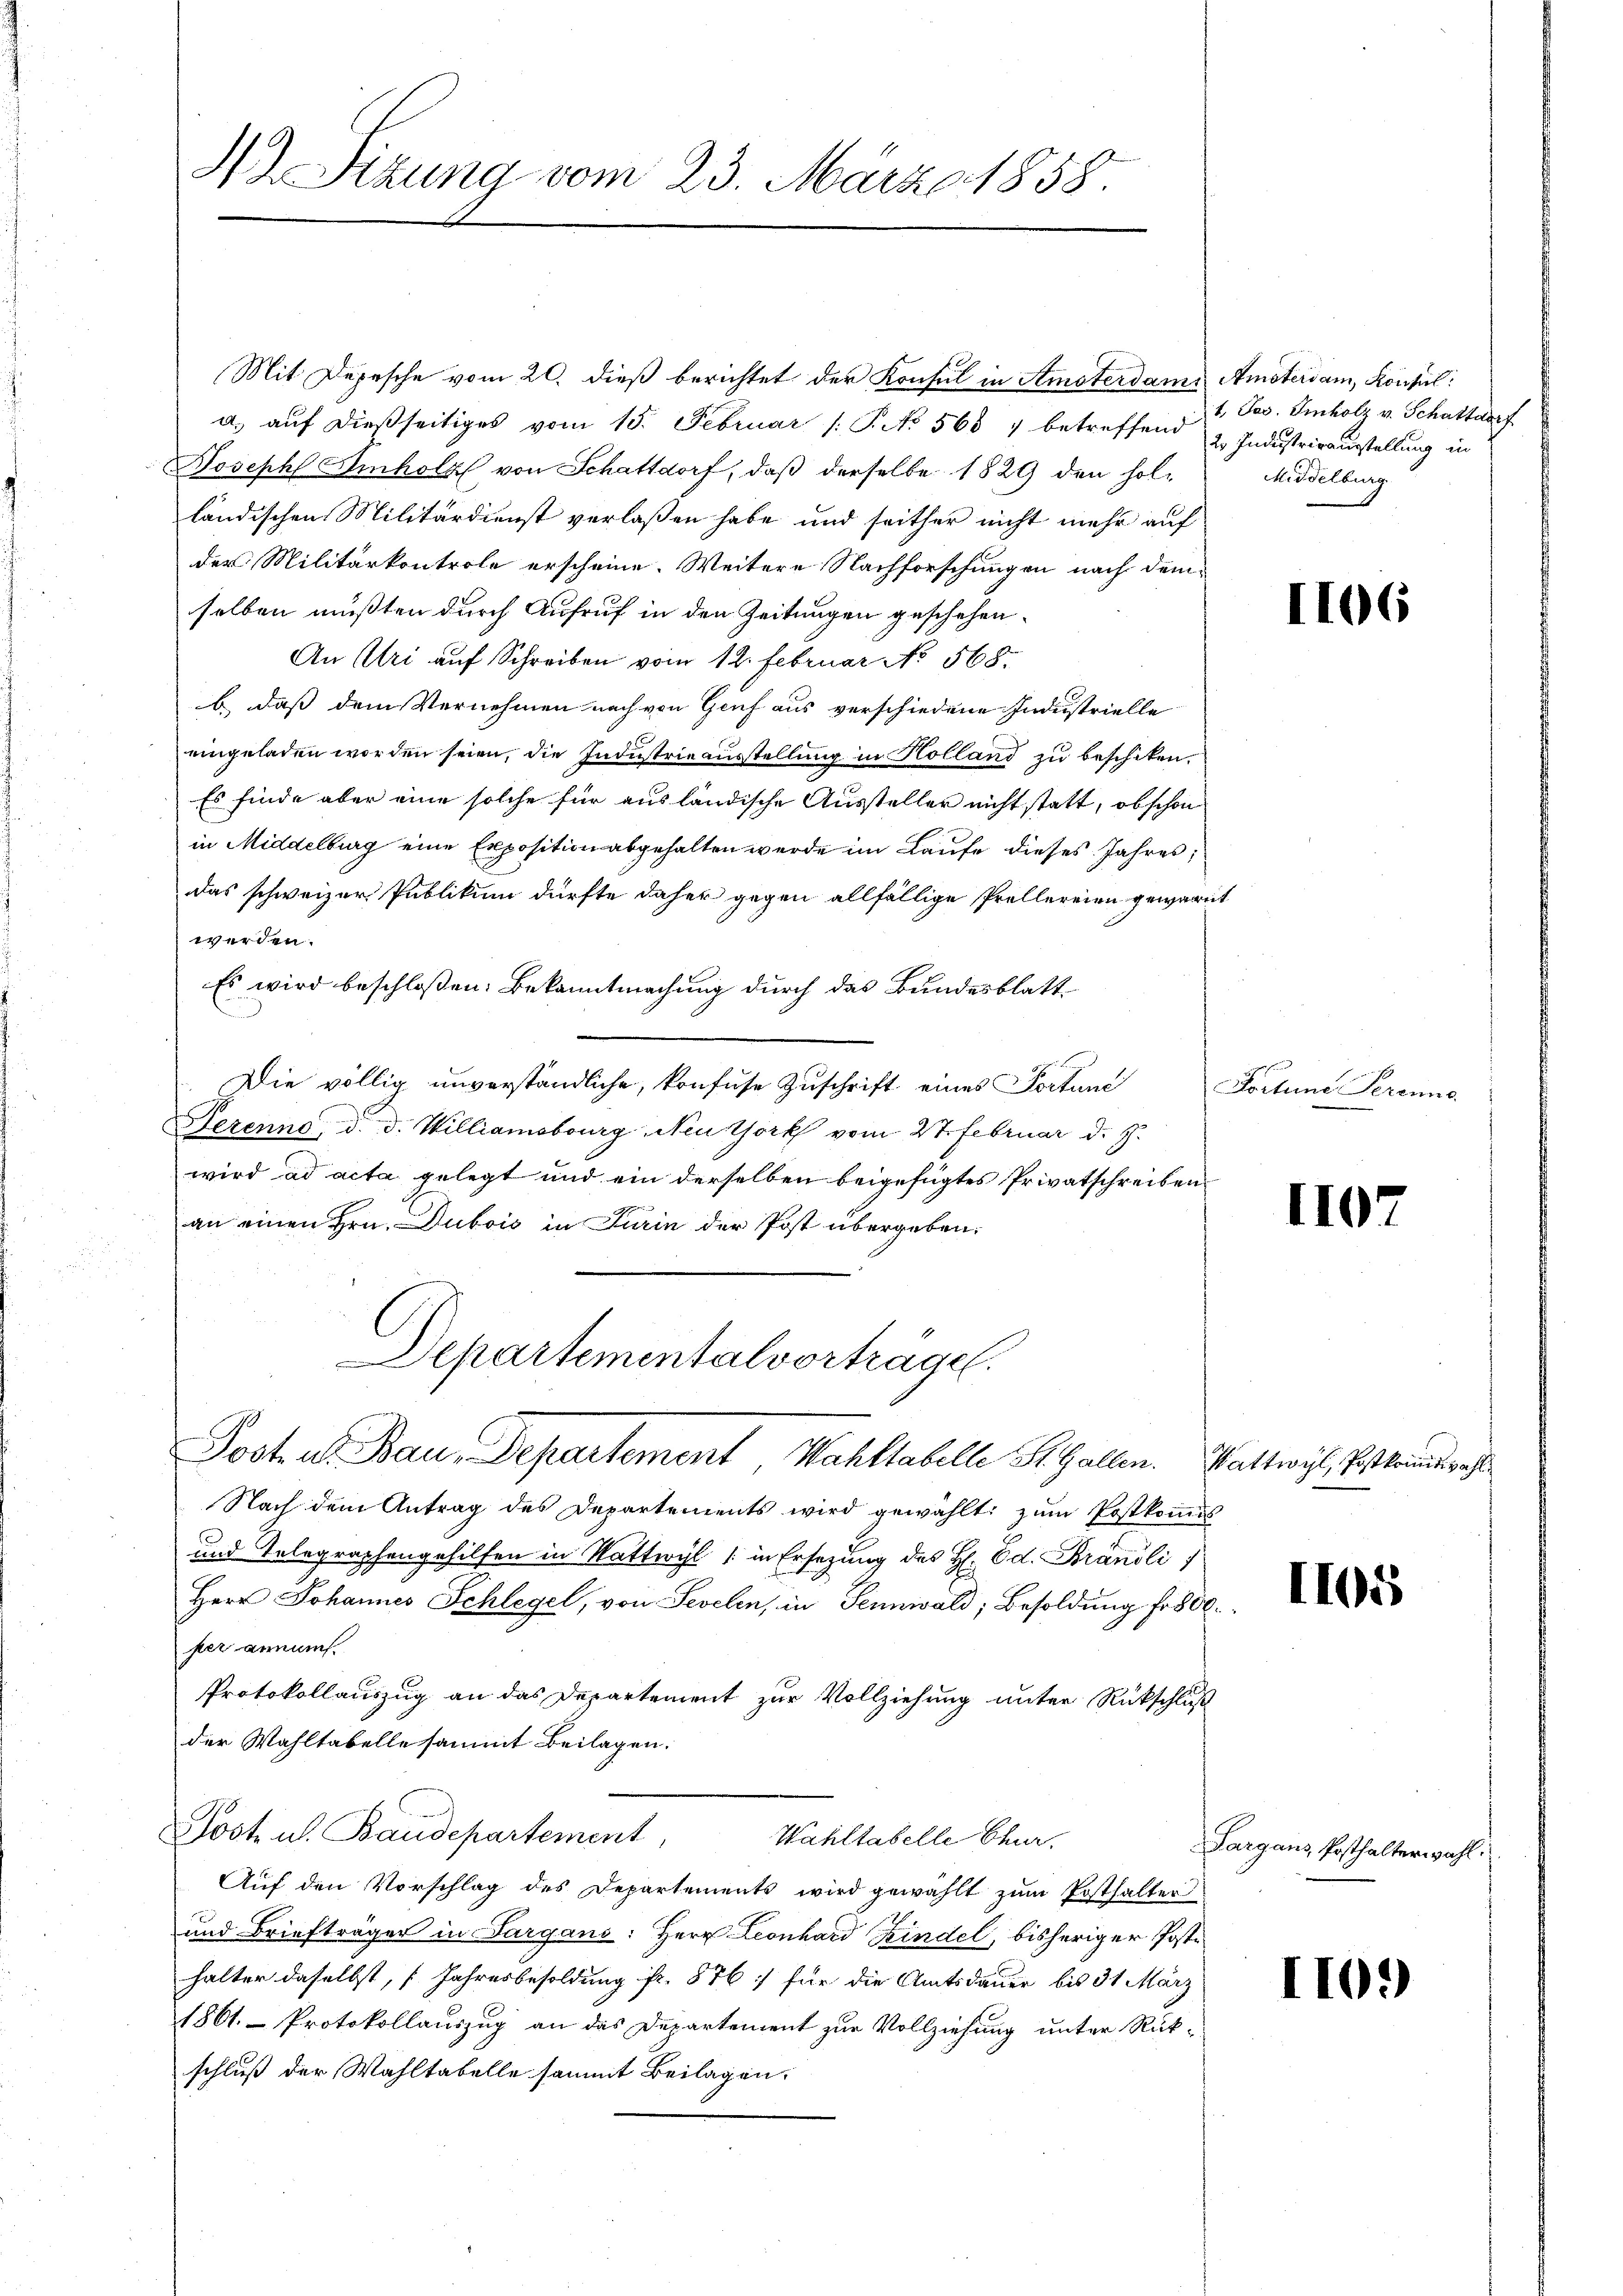
Mit Depesche vom 20. dieß berichtet der Konsul in Ameterdame Amsterdam, Konseil:
a.) auf dießseitiges vom 15. Februar /: P. No 565 7 betreffend 2. Industrieausstellung in
Joseph Imholz von Schattdorf, daß derselbe 1829 den holländischen Militärdienst verlaßen habe und seither nicht mehr auf
der Militärkontrole erscheine. Weitere Nachforschungen nach demselben mußten durch Aufruf in den Zeitungen geschehen.
An Uri auf Schreiben vom 12. Februar No 568.
b. dass dem Vernehmen nach von Genf aus verschiedene Industrielle
eingeladen worden seien, die Industrieausstellung in Kolland zu beschiken.
Es finde aber eine solche für ausländische Aussteller nicht statt, obschon
in Middelburg eine Exposition abgehalten werde im Laufe dieses Jahres,
das schweizer Publikum dürfte daher gegen allfällige Prellereien gewarnt
werden.
Es wird beschloßen: Bekanntmachung durch das Bundesblatt
Die völlig unverständliche, konfuse Zuschrift eines Portung
Jezenne, d. d. Williamobourg, Neuthork vom Vt. Februar d. J.
wird ad acta gelegt und ein derselben beigefügtes Privatschreiben
an einen Hrn. Dubois in Turin der Post übergeben.
Departementalvorträge.
Post u. Bau-Departement, Wahltabelle St. Gallen. Wattwyl, Postbrandah
Nach dem Antrag des Departements wird gewählt, zum Postkommis
und Telegraphengehilfen in Wattwyl (in Ersezung des H. Ed. Brandli
Herr Johannes Schlegel, von Sevelin, in Sennwald, Besoldung fr. 800.
per genant.
Protokollauszug an das Departement zur Vollziehung unter Rückschluß
der Wahltabelle sammt Beilagen.
Jost u. Baudepartement,
Wahltabelle Chur.
Auf den Vorschlag des Departements wird gewählt zum Posthalter
und Briefträger in Sargans: Herr Leonhard Kindel, bisheriger Poste
halter daselbst, (Jahresbesoldung fr. 876 für die Amtsdauer bis 31 März
1861. Protokollauszug an das Departement zur Vollziehung unter Rück-
schluß der Wahltabelle sammt Beilagen.

Sizung vom 23. März 1858.

1. Jos. Imholz v. Schattdorf
Middelburg

1106

Focleine Serenne

1107

I105

Sargaus, Posthalterwahl.

1109